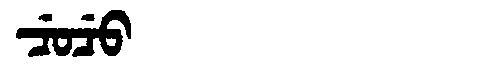
Manchu: ᠴᡠᠴᡠ
Romanization: CUCU